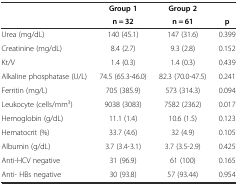
|  | Group 1 | Group 2 |  |
 |  | n = 32 | n = 61 | p |
 | --- | --- | --- | --- |
 | Urea (mg/dL) | 140 (45.1) | 147 (31.6) | 0.399 |
 | Creatinine (mg/dL) | 8.4 (2.7) | 9.3 (2.8) | 0.152 |
 | Kt/V | 1.4 (0.3) | 1.4 (0.3) | 0.439 |
 | Alkaline phosphatase (U/L) | 74.5 (65.3-46.0) | 82.3 (70.0-47.5) | 0.241 |
 | Ferritin (mg/L) | 705 (385.9) | 573 (314.3) | 0.094 |
 | Leukocyte (cells/mm3) | 9038 (3083) | 7582 (2362) | 0.017 |
 | Hemoglobin (g/dL) | 11.1 (1.4) | 10.6 (1.5) | 0.123 |
 | Hematocrit (%) | 33.7 (4.6) | 32 (4.9) | 0.105 |
 | Albumin (g/dL) | 3.7 (3.4-3.1) | 3.7 (3.5-2.9) | 0.425 |
 | Anti-HCV negative | 31 (96.9) | 61 (100) | 0.165 |
 | Anti- HBs negative | 30 (93.8) | 57 (93.44) | 0.954 |